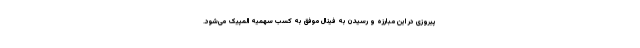
پیروزی در این مبارزه و رسیدن به فینال موفق به کسب سهمیه المپیک می‌شود.